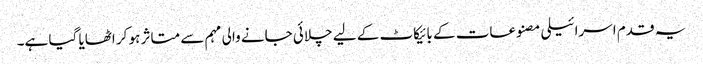
یہ قدم اسرائیلی مصنوعات کے بائیکاٹ کے لیے چلائی جانے والی مہم سے متاثر ہو کر اٹھایا گیا ہے۔